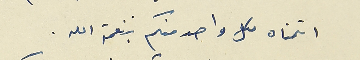
اتمناه كل واحد منكم بنعمة الله.